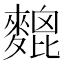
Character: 𪍜